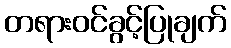
တရားဝင်ခွင့်ပြုချက်